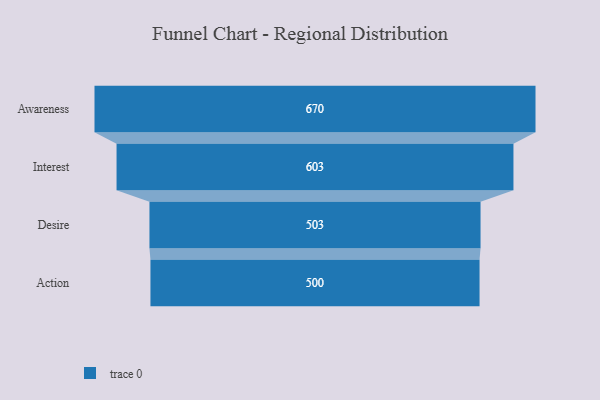
{"axis": {"x": "Stage", "y": "Value"}, "legend": [""], "data": [{"x": "Awareness", "y": 670.0, "type": ""}, {"x": "Interest", "y": 603.0, "type": ""}, {"x": "Desire", "y": 503.0, "type": ""}, {"x": "Action", "y": 500, "type": ""}]}